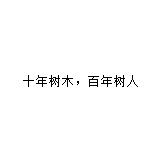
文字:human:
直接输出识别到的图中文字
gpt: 十年树木，百年树人